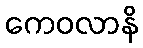
ကေဝလာနိ